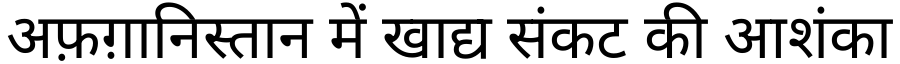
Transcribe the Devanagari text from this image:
अफ़ग़ानिस्तान में खाद्य संकट की आशंका